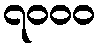
၇၀၀၀